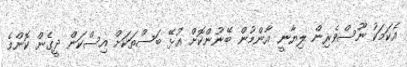
އެކަމަކު ނޫސްވެރިން ލިޔާނީ އާންމުން ބޭނުންކޮށް އުޅޭ ބަސްތަކަށް އިސްކަން ދީގެން ކޮންމެ